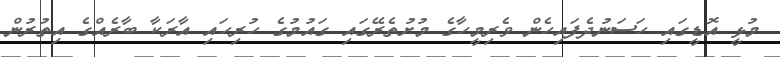
މުޅީ އޮޑީގައި ހަސަނުދެފައިހެން ވެރިމީހާގެ މުށުތެރޭގައި ގައުމުގެ ހުރިހައި އާރަކާ ބާރެއްގެ އިތުރުން